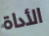
الأداة